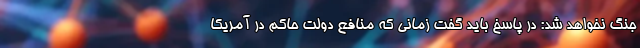
جنگ نخواهد شد: در پاسخ باید گفت زمانی که منافع دولت حاکم در آمریکا